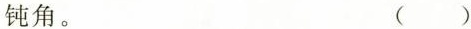
钝角。()